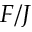
F / J